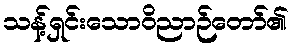
သန့်ရှင်းသောဝိညာဉ်တော်၏